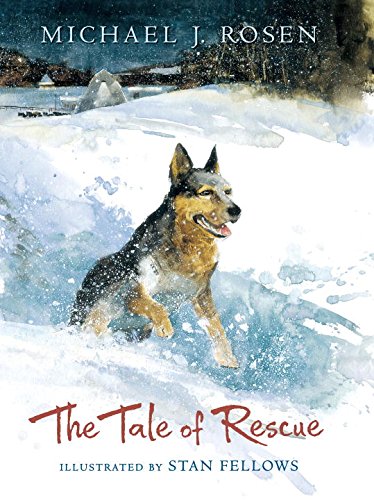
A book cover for The Tale of Rescue; Michael J. Rosen; Children's Books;